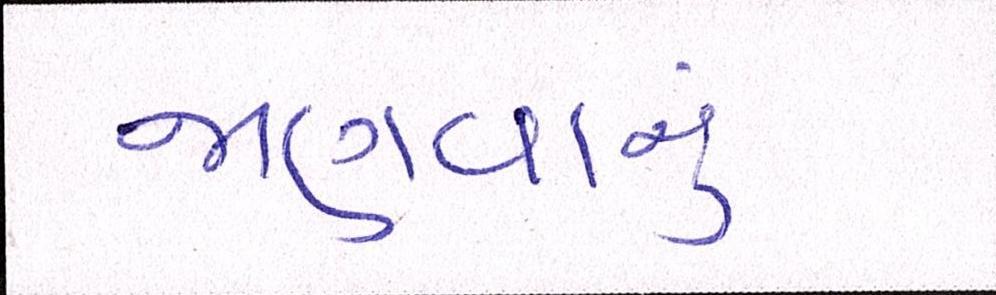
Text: જાણવાનું